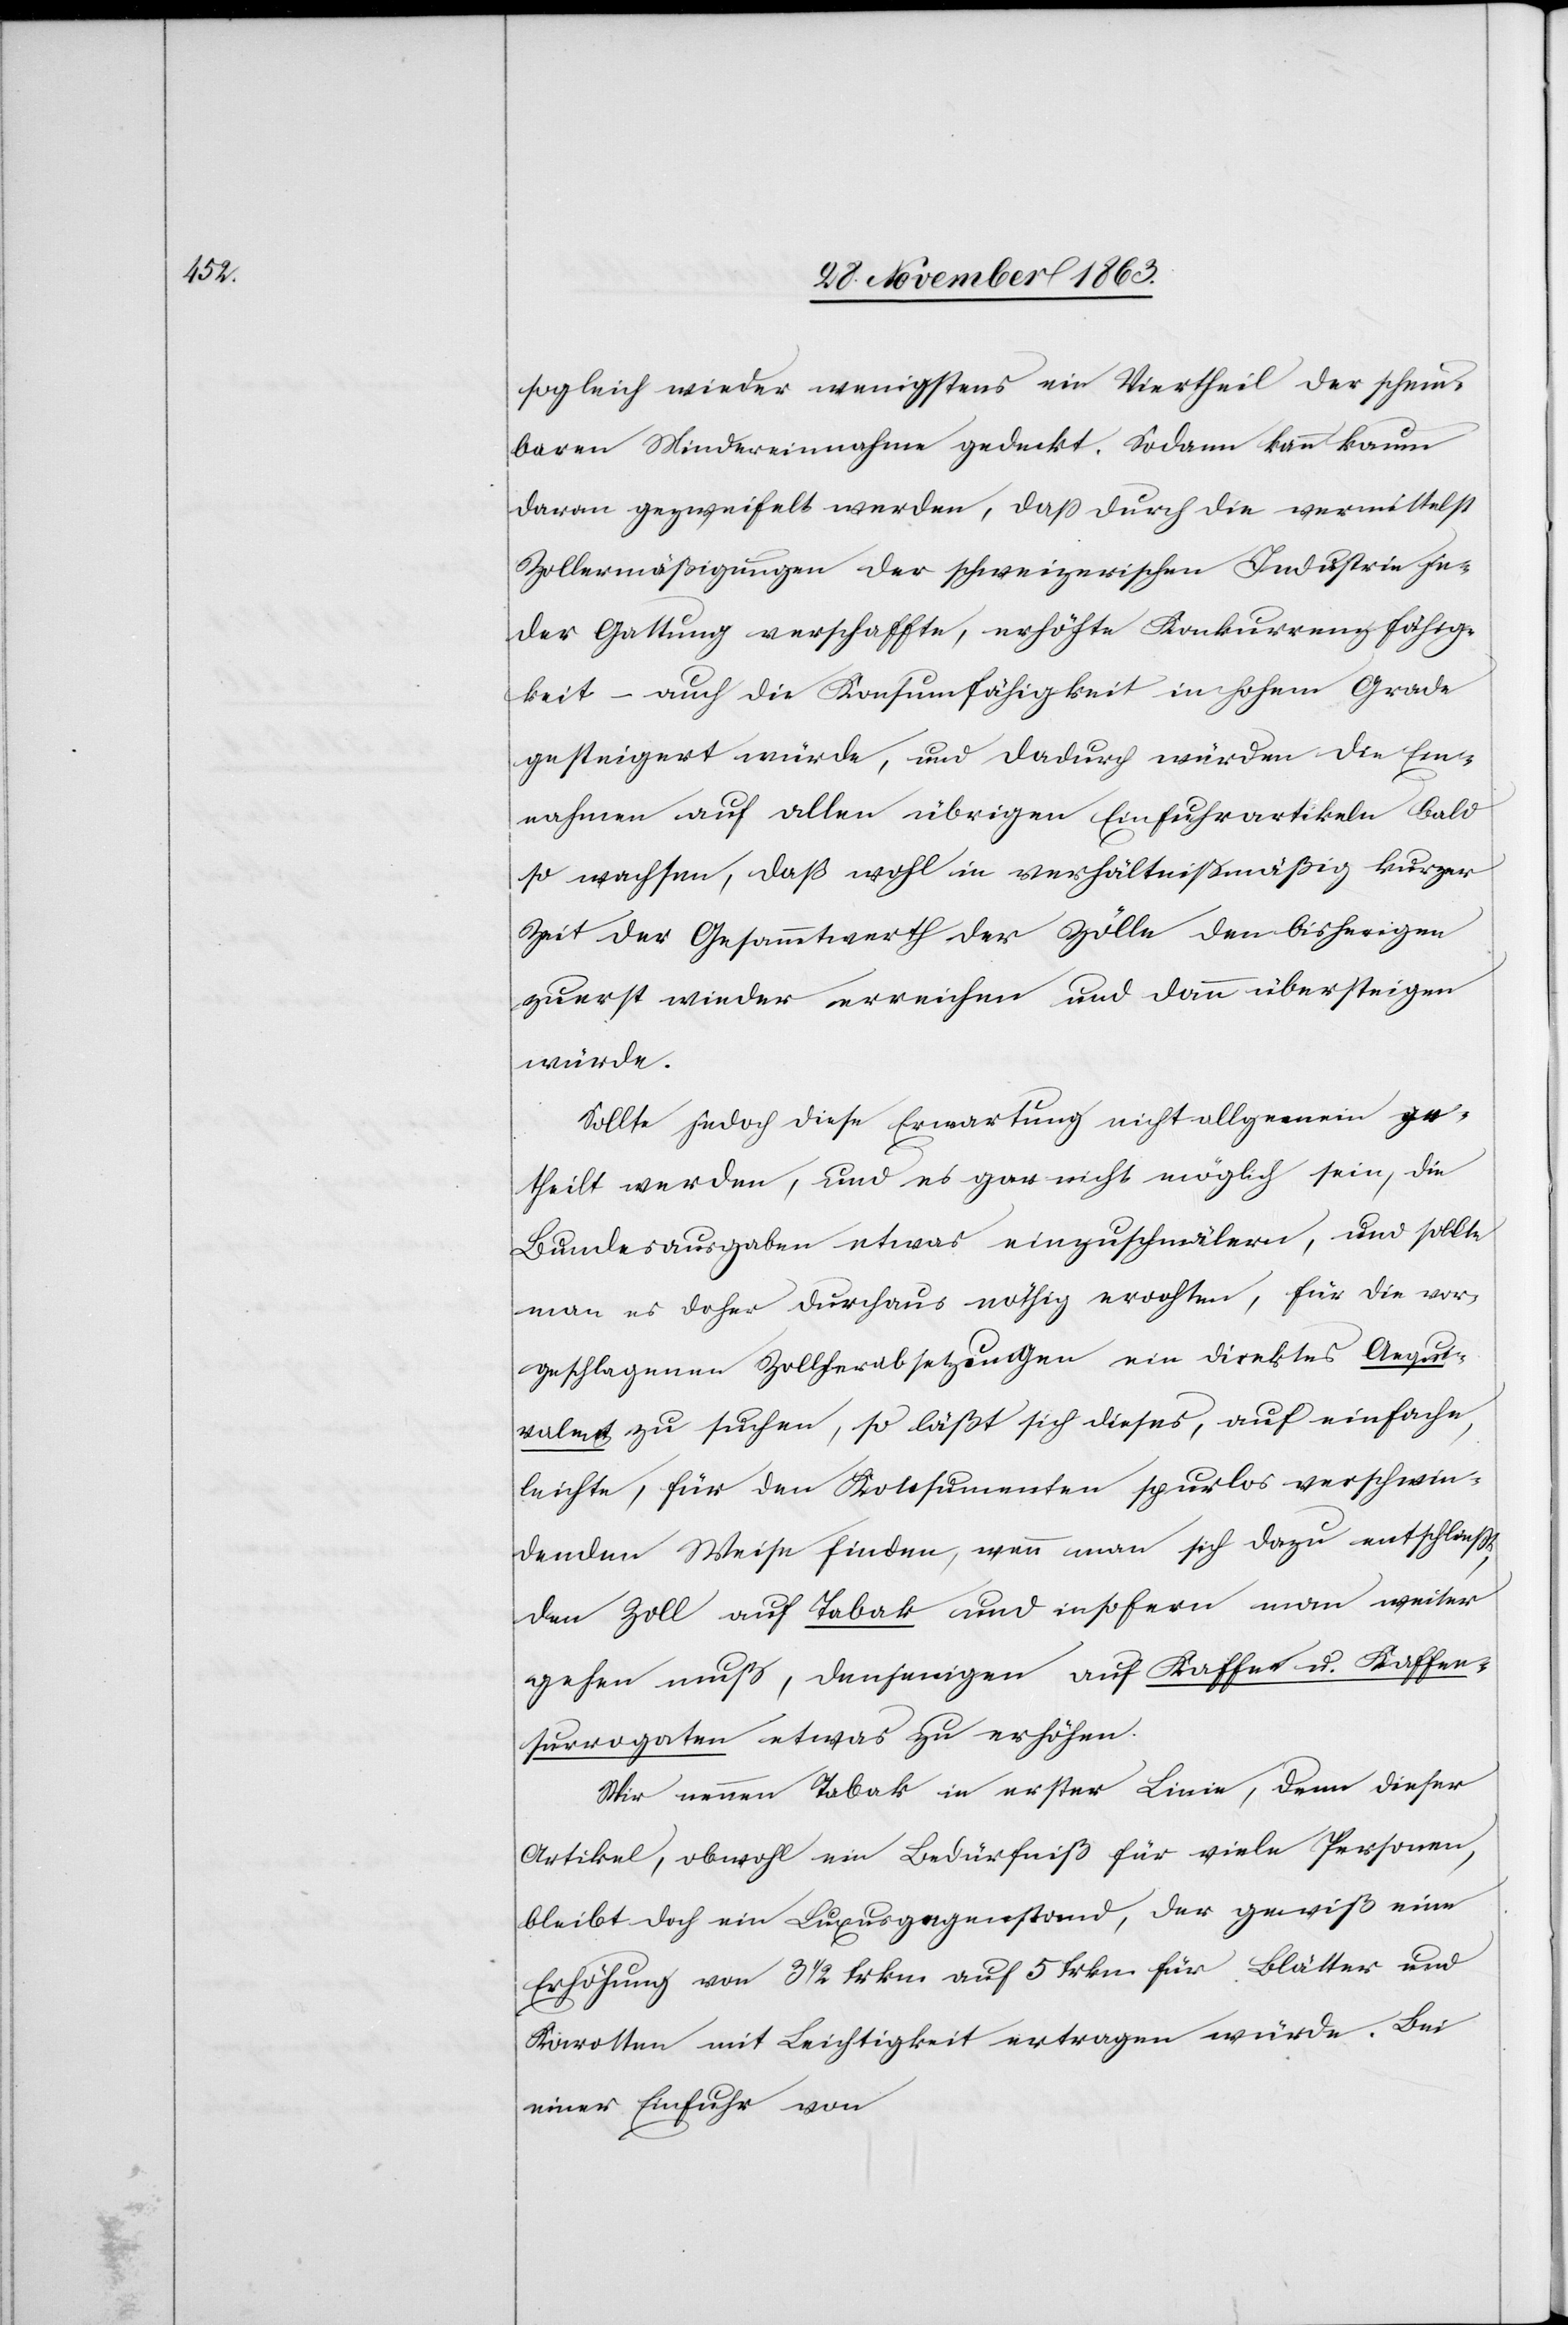
sogleich wieder wenigstens ein Viertheil der schein¬
baren Mindereinnahme gedeckt. Sodann kann kaum
daran gezweifelt werden, dass durch die vermittelst
Zollermäßigungen der schweizerischen Industrie je¬
der Gattung verschaffte, erhöhte Konkurrenzfähig¬
keit – auch die Konsumfähigkeit in hohem Grade
gesteigert würde, und dadurch würden die Ein¬
nahmen auf allen übrigen Einfuhrartikeln bald
so wachsen, daß wohl in verhältnißmäßig kurzer
Zeit der Gesammtwerth der Zölle den bisherigen
zuerst wieder erreichen und dann übersteigen
würde.
Sollte jedoch diese Erwartung nicht allgemein ge¬
theilt werden, und es gar nicht möglich sein, die
Bundesausgaben etwas einzuschmälern, und sollte
man es doher durchaus nöthig erachten, für die vor¬
geschlagenen Zollherabsetzungen ein direktes Aequi¬
valent zu suchen, so läßt sich dieses, auf einfache,
leichte, für den Konsumenten spurlos verschwin¬
denden Weise finden, wenn man sich dazu entschließt,
den Zoll auf Tabak und insofern man weiter
gehen muß, denjenigen auf Kaffee u. Kaffee¬
surrogaten etwas zu erhöhen.
Wir nennen Tabak in erster Linie, denn dieser
Artikel, obwohl ein Bedürfniß für viele Personen,
bleibt doch ein Luxusgegenstand, der gewiß eine
Erhöhung von 3 1/2 frkn. für Blätter und
Karotten mit Leichtigkeit ertragen würde. Bei
einer Einfuhr von